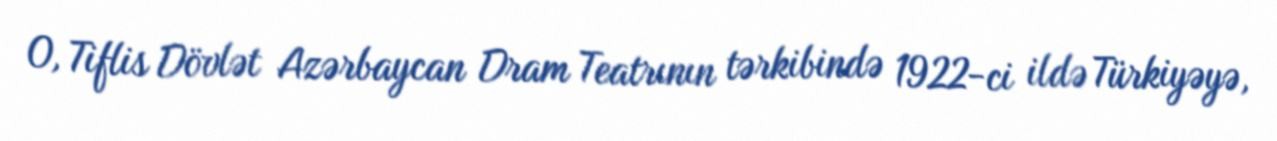
O, Tiflis Dövlət Azərbaycan Dram Teatrının tərkibində 1922-ci ildə Türkiyəyə,